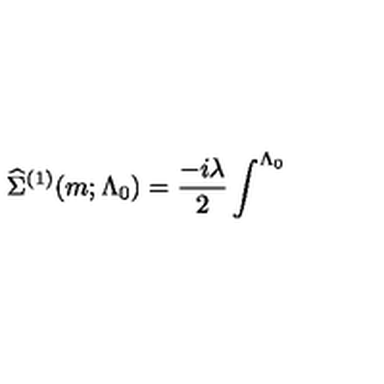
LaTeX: \widehat { \Sigma } ^ { ( 1 ) } ( m ; \Lambda _ { 0 } ) = \frac { - i \lambda } 2 \int ^ { \Lambda _ { 0 } }